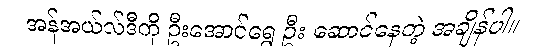
အန်အယ်လ်ဒီကို ဦးအောင်ရွှေ ဦး ဆောင်နေတဲ့ အချိန်ပါ။